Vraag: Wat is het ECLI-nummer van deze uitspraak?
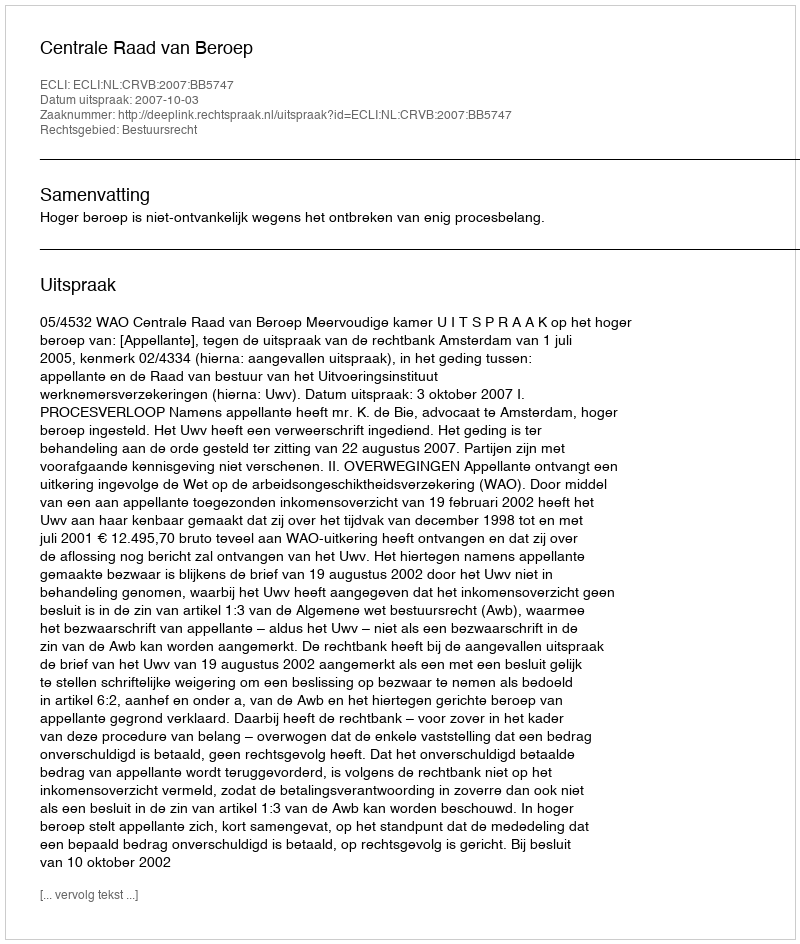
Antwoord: ECLI:NL:CRVB:2007:BB5747